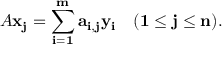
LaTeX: A { \bf { { x } _ { j } = \sum _ { i = 1 } ^ { m } a _ { i , j } { \bf { { y } _ { i } \quad ( 1 \leq j \leq n ) . } } } }